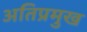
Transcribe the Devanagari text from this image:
अतिप्रमुख